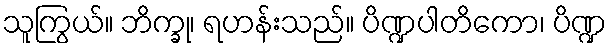
သူကြွယ်။ ဘိက္ခု၊ ရဟန်းသည်။ ပိဏ္ဍပါတိကော၊ ပိဏ္ဍ